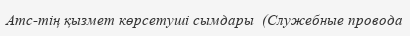
Атс-тің қызмет көрсетуші сымдары  (Служебные провода